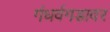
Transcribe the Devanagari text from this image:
गंधर्वगडावर